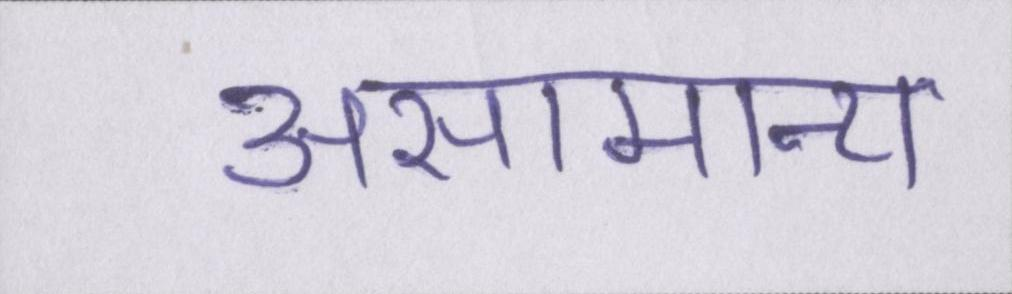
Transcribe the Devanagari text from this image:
असामान्य